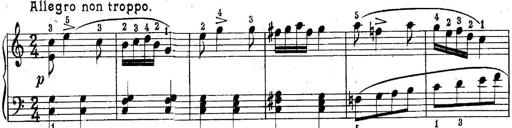
Title: Quatres sonatines
Composer: Tadeusz Joteyko